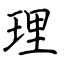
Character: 理